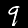
Label: 9